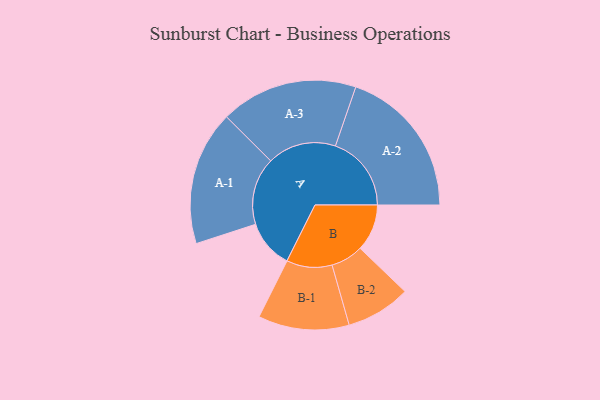
{"axis": {"x": "Segment", "y": "Value"}, "legend": ["", "A", "B"], "data": [{"x": "A", "y": 174, "type": ""}, {"x": "B", "y": 168, "type": ""}, {"x": "A-1", "y": 241, "type": "A"}, {"x": "A-2", "y": 272, "type": "A"}, {"x": "A-3", "y": 246, "type": "A"}, {"x": "B-1", "y": 163, "type": "B"}, {"x": "B-2", "y": 116, "type": "B"}]}